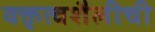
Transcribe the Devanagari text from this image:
वक्तृत्वशैलीची